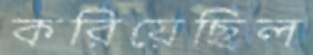
করিয়েছিল